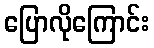
ပြောလိုကြောင်း